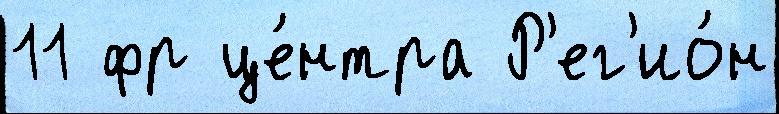
11 фр це́нтра Р'ег'ио́н